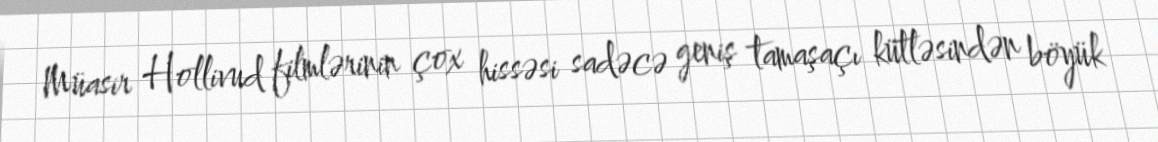
Müasir Hollivud filmlərinin çox hissəsi sadəcə geniş tamaşaçı kütləsindən böyük